Leaving Certificate Examination, 1922
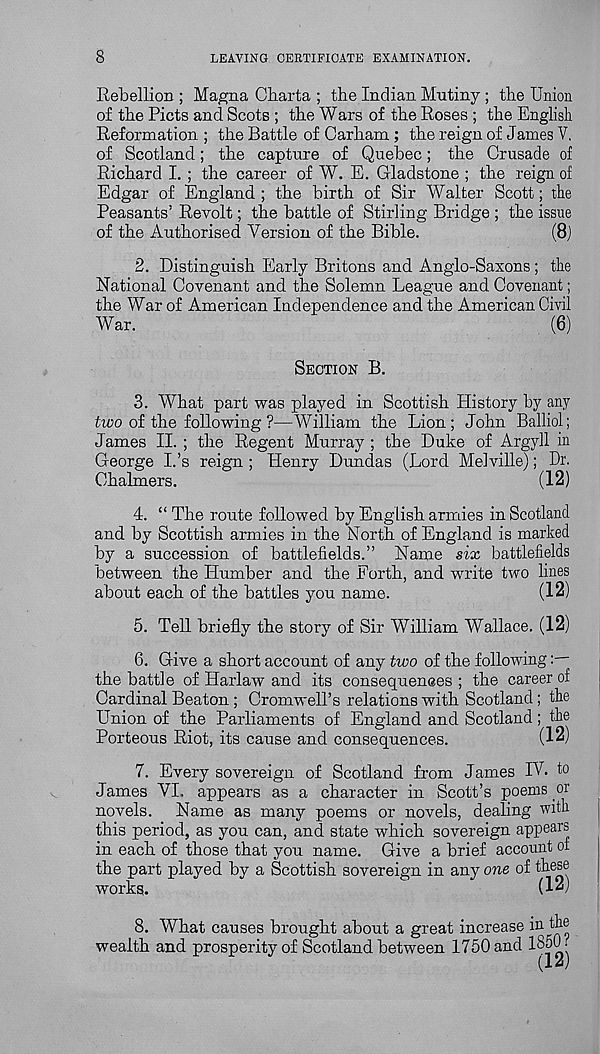
8
LEAVING CERTIFICATE EXAMINATION.
Rebellion ; Magna Cbarta ; the Indian Mutiny ; the Union
of the Piets and Scots ; the Wars of the Roses ; the English
Reformation ; the Battle of Carham ; the reign of James V.
of Scotland; the capture of Quebec; the Crusade of
Richard I. ; the career of W. E. Gladstone ; the reign of
Edgar of England ; the birth of Sir Walter Scott; the
Peasants’ Revolt; the battle of Stirling Bridge ; the issue
of the Authorised Version of the Bible.
(8j
2. Distinguish Early Britons and Anglo-Saxons; the
National Covenant and the Solemn League and Covenant;
the War of American Independence and the American Civil
War.
(6)
SECTION B.
3. What part was played in Scottish History by any
tmo of the following ?—William the Lion; John Balliol;
James II. ; the Regent Murray ; the Duke of Argyll in
George I.’s reign ; Henry Dundas (Lord Melville); Dr.
Chalmers.
(12)
4. “ The route followed by English armies in Scotland
and by Scottish armies in the North of England is marked
by a succession of battlefields.” Name six battlefields
between the Humber and the Forth, and write two lines
about each of the battles you name.
(12)
5. Tell briefly the story of Sir William Wallace. (12)
6. Give a short account of any two of the following
the battle of Harlaw and its consequenees ; the career of
Cardinal Beaton; Cromwell’s relations with Scotland; the
Union of the Parliaments of England and Scotland; the
Porteous Riot, its cause and consequences.
(12)
7. Every sovereign of Scotland from James IV. to
James VI. appears as a character in Scott’s poems or
novels. Name as many poems or novels, dealing with
this period, as you can, and state which sovereign appears
in each of those that you name. Give a brief account of
the part played by a Scottish sovereign in any one of these
works.
(12)
8. What causes brought about a great increase in the
wealth and prosperity of Scotland between 1750 and 1850-